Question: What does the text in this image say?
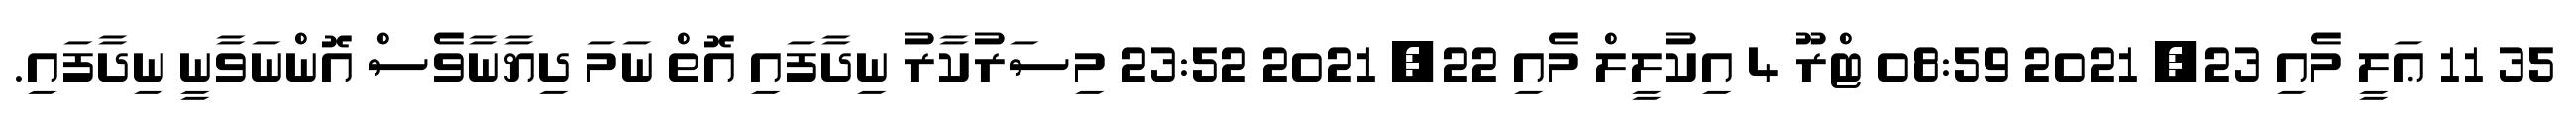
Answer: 35 11 ޢަލީ މެއި 23, 2021 08:59 ޓްރޫ 4 އިކުލީލް މެއި 22, 2021 23:52 މިސަރުކާރު ނިދާފައި އޮތް ނަމަ ދިޔާނާވެސް އޮންނަވާނީ ނިދާފައި.